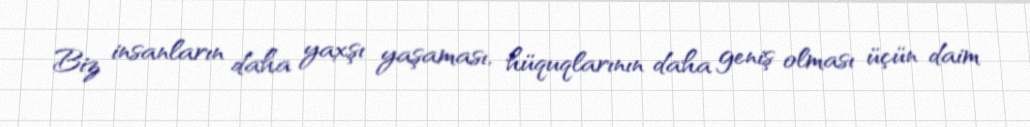
Biz insanların daha yaxşı yaşaması, hüquqlarının daha geniş olması üçün daim